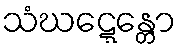
သံဃဋ္ဋေန္တော